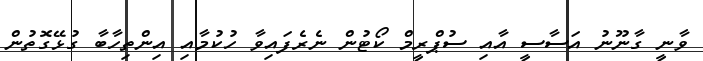
ވާނީ ގާނޫނު އަސާސީ އާއި ސުޕްރީމް ކޯޓުން ނެރެފައިވާ ހުކުމާއި އިންތިހާބާ ގުޅޭގޮތުން